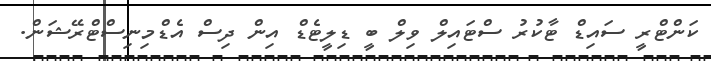
ކަންޓްރީ ސައިޑް ޓާކުރު ސްޓައިލް ވިލް ބީ ޑިލީޓެޑް އިން ދިސް އެޑްމިނިސްޓްރޭޝަން.